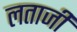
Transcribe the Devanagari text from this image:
लताजी